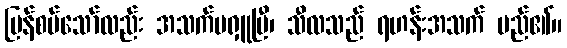
ပြန်စပ်သော်လည်း အသက်မရှူပြီ၊ သီလသည် ရဟန်းအသက် မည်၏။